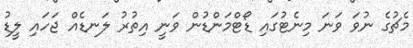
މެޗުގެ ނުވަ ވަނަ މިނެޓުގައި ޑޯޓްމަންޑުން ވަނީ އިތުރު ލަނޑެއް ޖަހައި ލީޑު